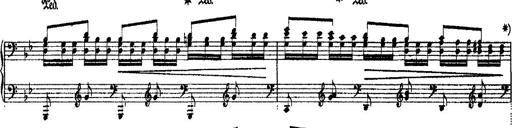
Title: Ã‰tudes d'exÃ©cution transcendante d'aprÃ¨s Paganini
Composer: Franz Liszt